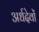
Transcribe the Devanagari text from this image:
अर्धदेवों